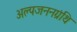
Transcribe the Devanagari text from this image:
अल्पजननग्रंथि